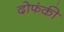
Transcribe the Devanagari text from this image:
दोफंकी